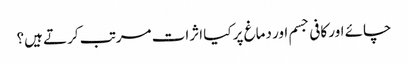
چائے اور کافی جسم اور دماغ پر کیا اثرات مرتب کرتے ہیں؟